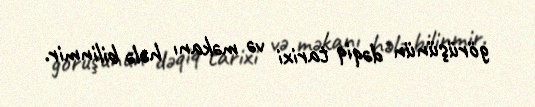
görüşünün dəqiq tarixi və məkanı hələ bilinmir.